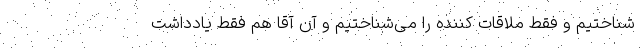
شناختیم و فقط ملاقات کننده را می‌شناختیم و آن آقا هم فقط یادداشت